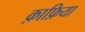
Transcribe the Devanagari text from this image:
क़ाफ़िया